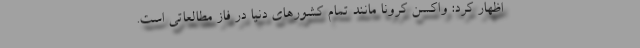
اظهار کرد: واکسن کرونا مانند تمام کشورهای دنیا در فاز مطالعاتی است.